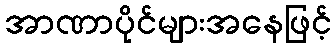
အာဏာပိုင်များအနေဖြင့်